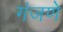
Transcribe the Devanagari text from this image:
गंजणे